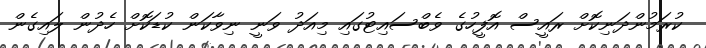
ކުރަމުންދަނިކޮށް ރައީސް އޮފީހުގެ ވެބްސައިޓުގައި މިއަދު ވަނީ ނިވާކަން ކުޑަކޮށް ހެދުން ލައިގެން